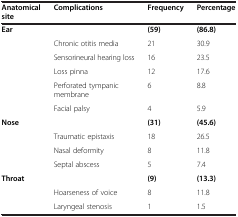
<table><thead><tr><td><b>Anatomical site</b></td><td><b>Complications</b></td><td><b>Frequency</b></td><td><b>Percentage</b></td></tr></thead><tbody><tr><td rowspan="6"><b>Ear</b></td><td>[EMPTY_CELL]</td><td><b>(59)</b></td><td><b>(86.8)</b></td></tr><tr><td>Chronic otitis media</td><td>21</td><td>30.9</td></tr><tr><td>Sensorineural hearing loss</td><td>16</td><td>23.5</td></tr><tr><td>Loss pinna</td><td>12</td><td>17.6</td></tr><tr><td>Perforated tympanic membrane</td><td>6</td><td>8.8</td></tr><tr><td>Facial palsy</td><td>4</td><td>5.9</td></tr><tr><td rowspan="4"><b>Nose</b></td><td>[EMPTY_CELL]</td><td><b>(31)</b></td><td><b>(45.6)</b></td></tr><tr><td>Traumatic epistaxis</td><td>18</td><td>26.5</td></tr><tr><td>Nasal deformity</td><td>8</td><td>11.8</td></tr><tr><td>Septal abscess</td><td>5</td><td>7.4</td></tr><tr><td rowspan="3"><b>Throat</b></td><td>[EMPTY_CELL]</td><td><b>(9)</b></td><td><b>(13.3)</b></td></tr><tr><td>Hoarseness of voice</td><td>8</td><td>11.8</td></tr><tr><td>Laryngeal stenosis</td><td>1</td><td>1.5</td></tr></tbody></table>